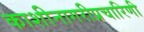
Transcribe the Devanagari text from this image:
काशीनागरीप्रचारिणी